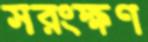
সরংক্ষণ